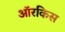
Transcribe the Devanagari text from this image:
ऑरकिस